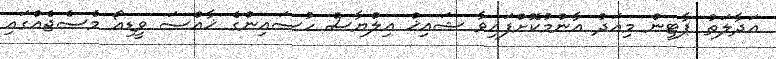
އަދާލަތު ޕާޓީން މިއަދު އާންމުކޮށްފައިވާ ޝައިޚް އިލްޔާސް ހުސައިންގެ ޚާއްސަ ވީޑިއޯ މެސެޖެއްގައި